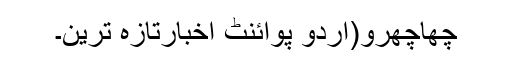
چھاچھرو(اُردو پوائنٹ اخبارتازہ ترین۔